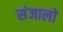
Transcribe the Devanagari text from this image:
संजालो